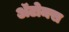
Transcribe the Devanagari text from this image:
अॅटोमस